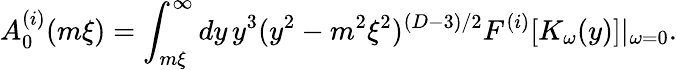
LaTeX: A_{0}^{(i)}(m\xi)=\int_{m\xi}^{\infty}dy\, y^{3}(y^{2}-m^{2}\xi^{2})^{(D-3)/2}F^{(i)}[K_{\omega}(y)]|_{\omega=0}.